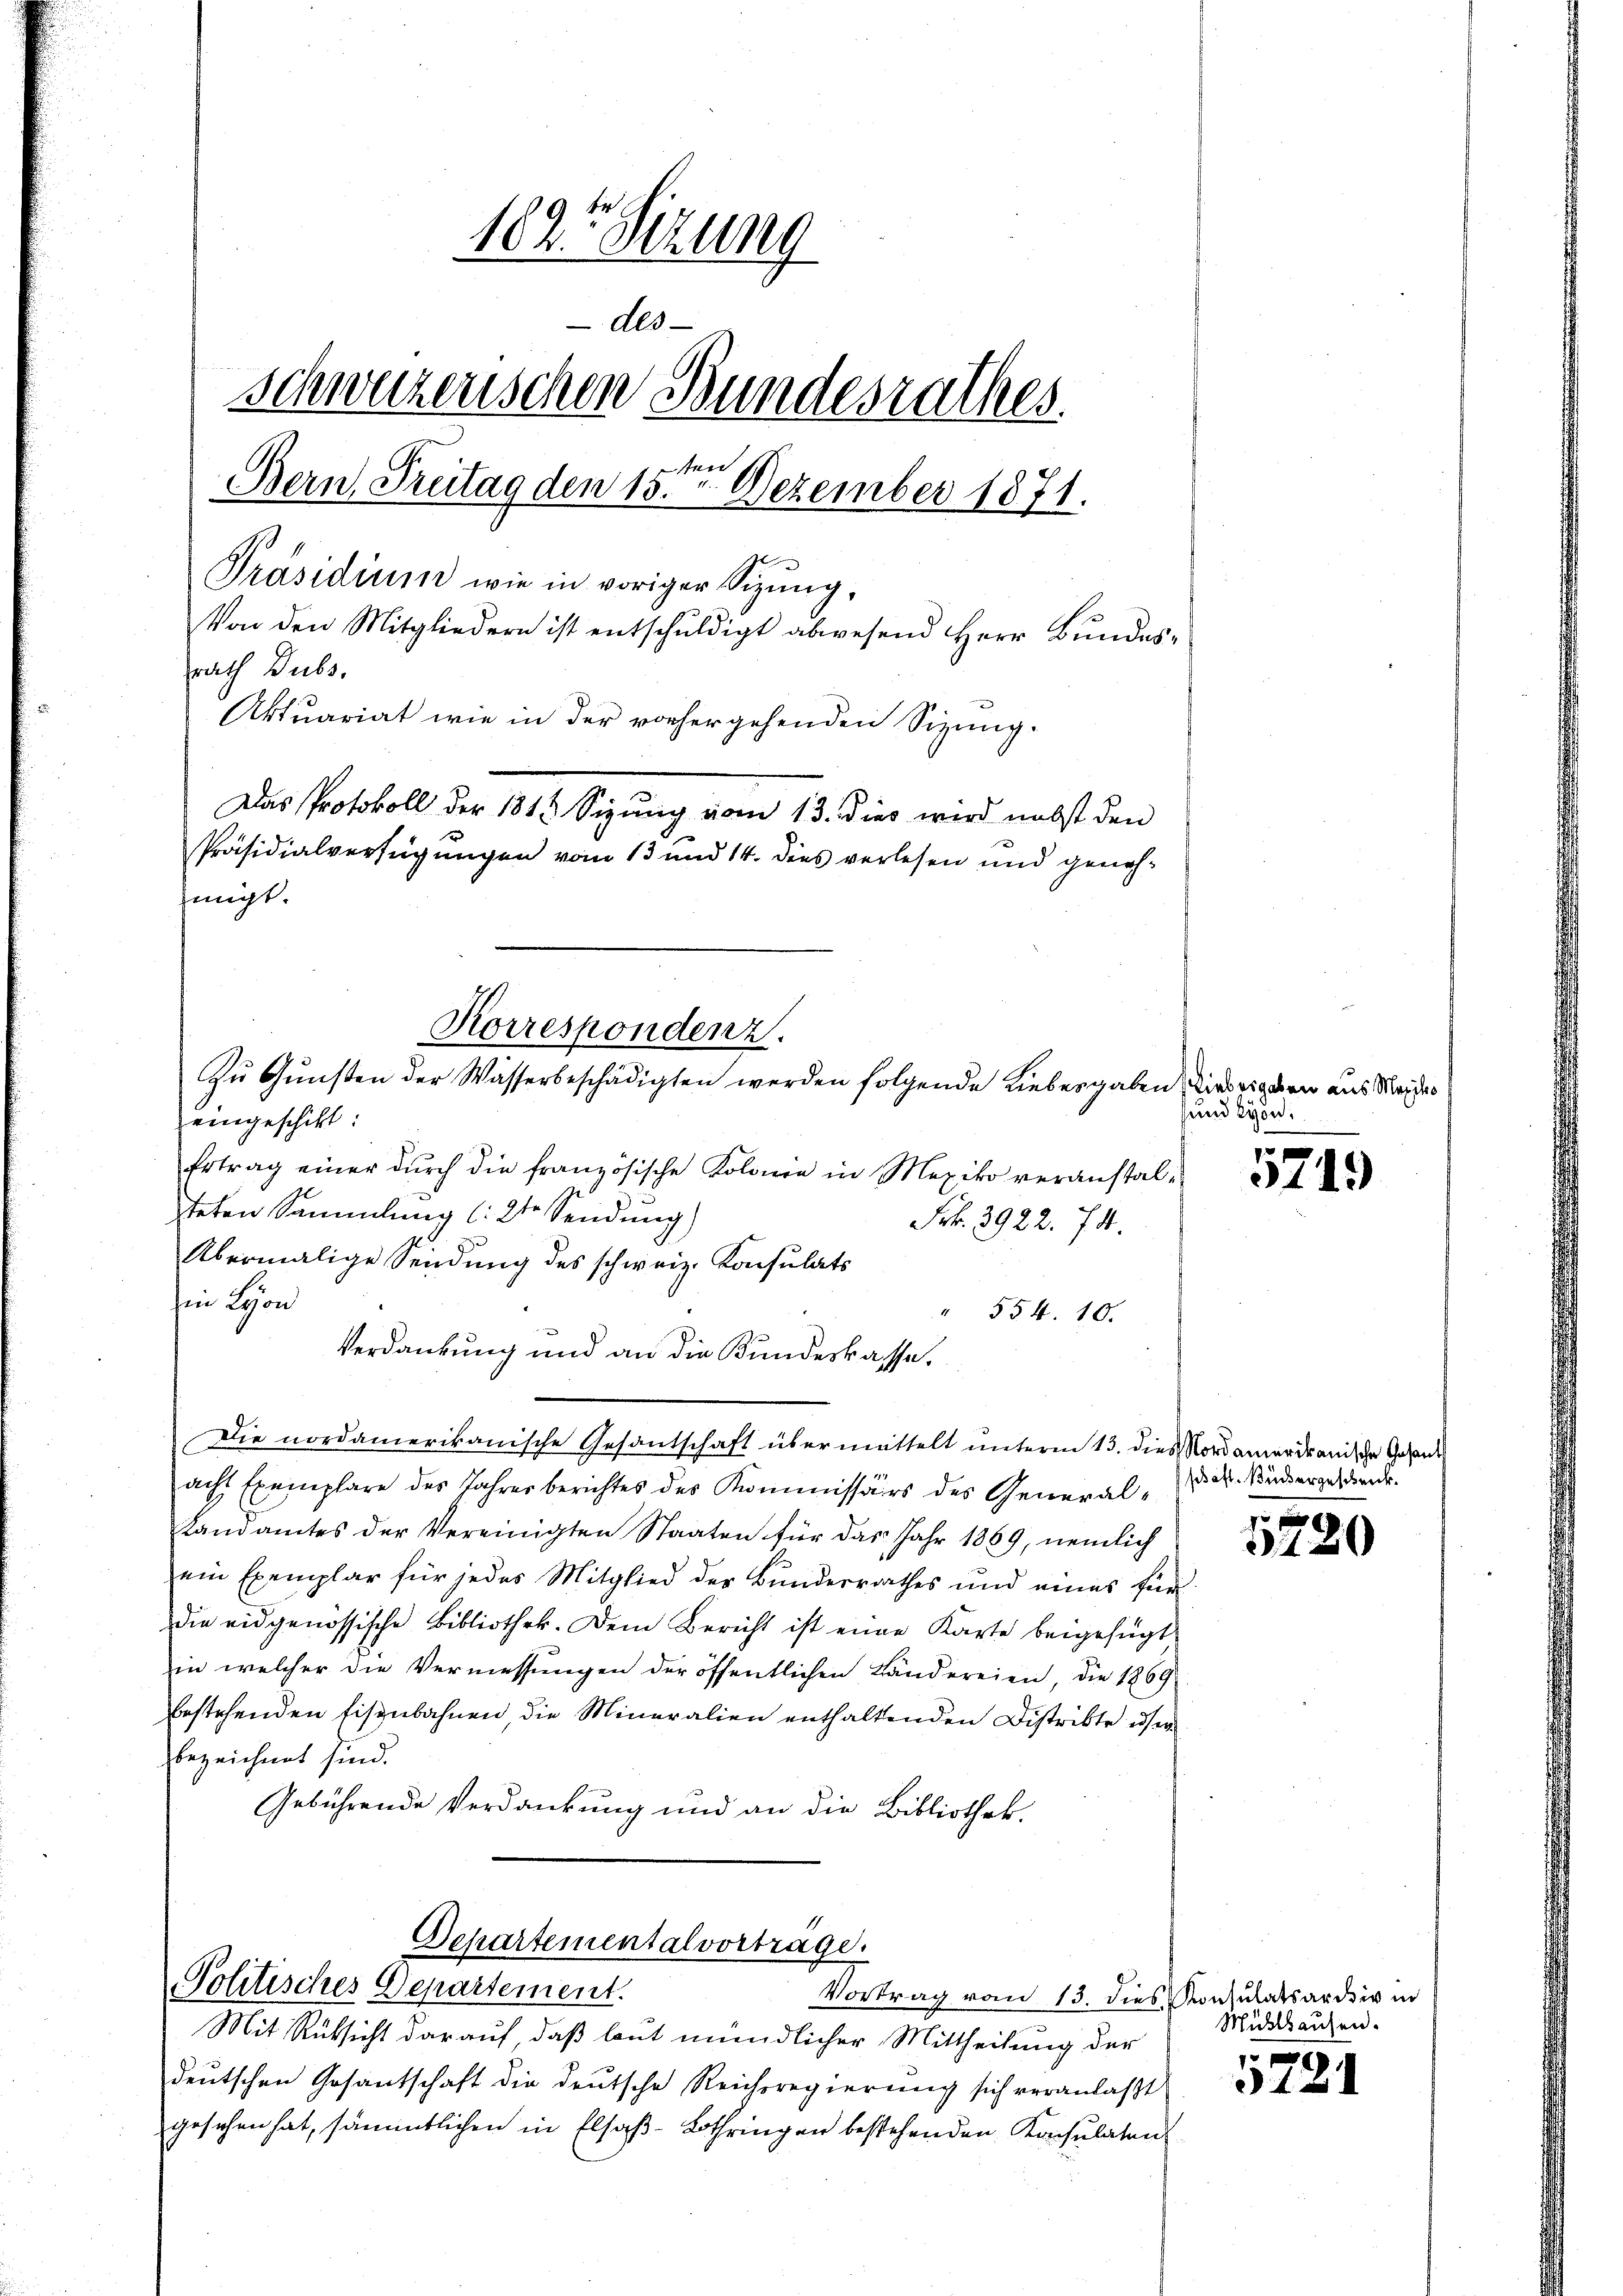
162. Sitzung
dlo
schweizerischen Bundesrathes.
sten E
Bern, Treitag den 15. Dezember 1871.
se
Präsidium wie in voriger Sizung,
Von den Mitgliedern ist entschŭldigt abwesend Herr Bŭndes-
rath Dubs,
Aktuariat wie in der vorhergehenden Sizung.
Das Protokoll der 1812 Sizung vom 13. dies wird nebst den
Präsidialverfügungen vom 13 und 14. dies verlesen und genehfiigt.

eingeschickt:
Ertrag einer dŭrch die französische Kolonie in Mexiko veranstalsteten Sammlung (: 2te Sendung)
Frk. 3922. 741.
2
Abermalige Sendung des schweiz. Konsulats
hin Lyon
" 554. 10.
Verdankung und an die Kundeskasse.
Die nordamerikanische Gesantschaft übermittelt unterm 13. dies Nordamerikanische Gesandacht Exemplare des Jahresberichtes des Kommissärs des General¬
Landamtes der Vereinigten Staaten für das Jahr 1889, nemlich
ein Exemplar für jedes Mitglied der Bunderrrathes und eines für
die eidgenössische Bibliothek. Dem Bericht ist eine Karte beigefügt
in welcher die Vermessungen der öffentlichen Ländereien, die 1869
bestehenden Eisenbahnen, die Mineralien enthaltenden Distrikte ihm
bezeichnet sind.
Gebührende Verdankung und an die Bibliothek.

Korrespondenz.
Zŭ Gŭnsten der Wasserbeschädigten werden folgende Liebergaben Diedrigen aus Meides

Departementalvortrage.
Politisches Departement.
Vortrag vom 13. dies Konsulatsardsiv in

Mit Rüksicht darauf, daß laut mündlicher Mittheilung der
deutschen Gesantschaft die deutsche Reichsregierŭng sich veranlaβt
gesehen hat, sämmtlichen in Elsaß-Lothringen bestehenden Konsulaten

und von
e

119)

sehaft. Bundergeschenk.

e
5220

Mühlhausen.

4